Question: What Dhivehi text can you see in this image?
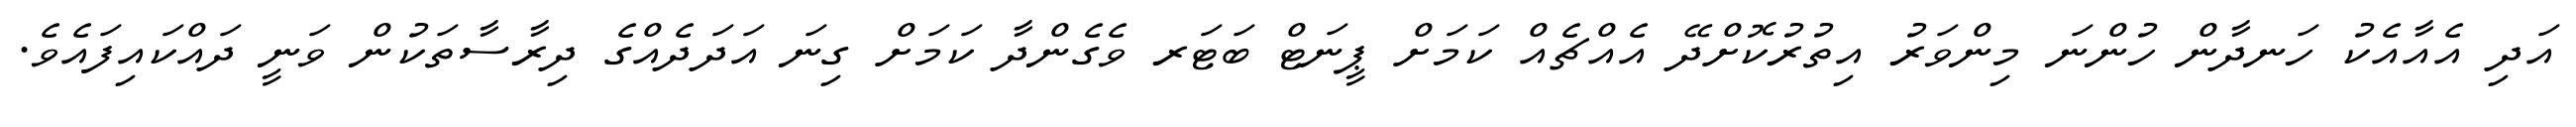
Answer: އަދި އެއާއެކު ހަނދާން ހުންނަ މިންވަރު އިތުރުކޮށްދޭ އެއްޗެއް ކަމަށް ޕީނަޓް ބަޓަރ ވެގެންދާ ކަމަށް ގިނަ އަދަދެއްގެ ދިރާސާތަކުން ވަނީ ދައްކައިފައެވެ.